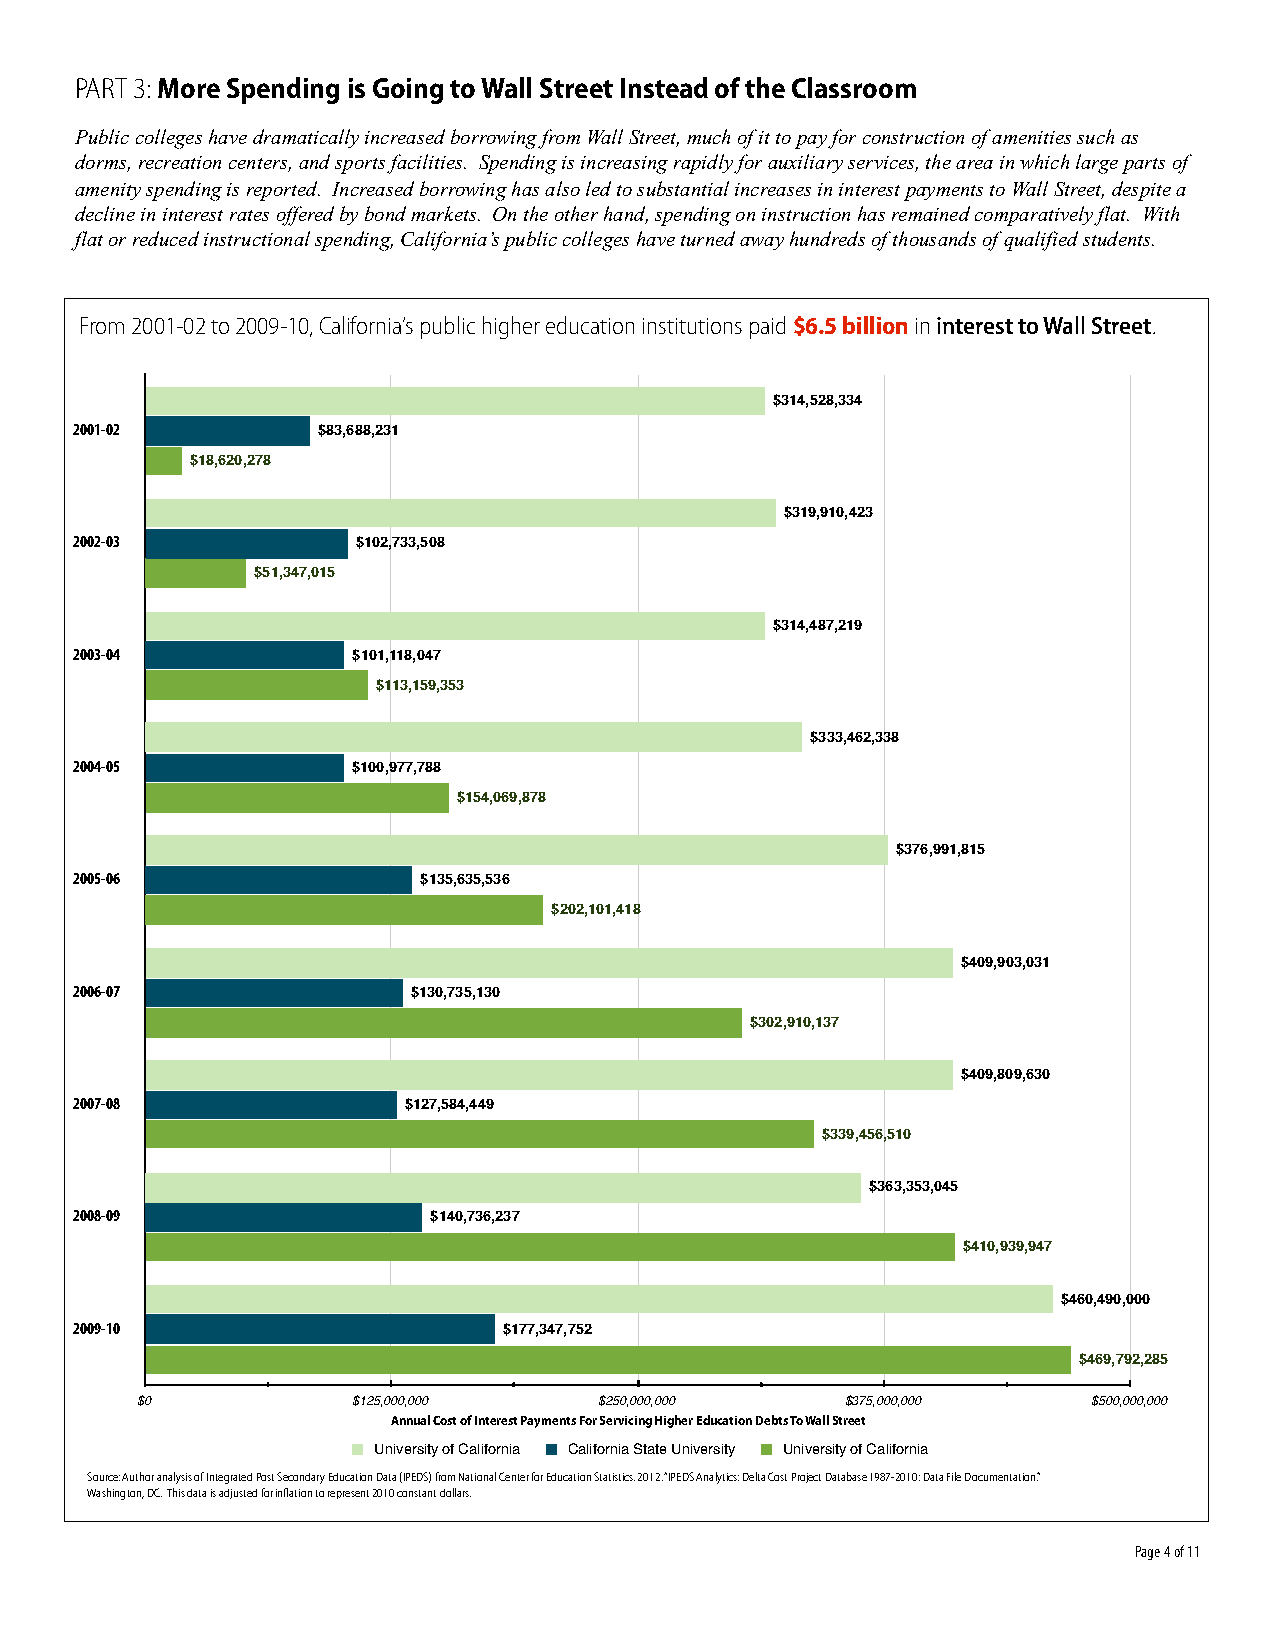
PART 3: More Spending is Going to Wall Street Instead of the Classroom
 Public colleges have dramatically increased borrowing from Wall Street, much of it to pay for construction of amenities such as
 dorms, recreation centers, and sports facilities. Spending is increasing rapidly for auxiliary services, the area in which large parts of
 amenity spending is reported. Increased borrowing has also led to substantial increases in interest payments to Wall Street, despite a
 decline in interest rates offered by bond markets. On the other hand, spending on instruction has remained comparatively flat. With
 flat or reduced instructional spending, California’s public colleges have turned away hundreds of thousands of qualified students.
 From 2001-02 to 2009-10, California’s public higher education institutions paid $6.5 billion in interest to Wall Street.
 $314,528,334
 2001-02         $83,688,231
 $18,620,278
 $319,910,423
 2002-03            $102,733,508
 $51,347,015
 $314,487,219
 2003-04           $101,118,047
 $113,159,353
 $333,462,338
 2004-05           $100,977,788
 $154,069,878
 $376,991,815
 2005-06                $135,635,536
 $202,101,418
 $409,903,031
 2006-07               $130,735,130
 $302,910,137
 $409,809,630
 2007-08               $127,584,449
 $339,456,510
 $363,353,045
 2008-09                 $140,736,237
 $410,939,947
 $460,490,000
 2009-10                     $177,347,752
 $469,792,285
 $0            $125,000,000     $250,000,000    $375,000,000    $500,000,000
 Annual Cost of Interest Payments For Servicing Higher Education Debts To Wall Street
 University of California California State University University of California
 Source: Author analysis of Integrated Post Secondary Education Data (IPEDS) from National Center for Education Statistics. 2012. “IPEDS Analytics: Delta Cost Project Database 1987-2010: Data File Documentation.”
 Washington, DC. This data is adjusted for inflation to represent 2010 constant dollars.
 Page 4 of 11